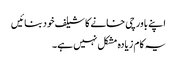
اپنے باورچی خانے کا شیلف خود بنائیں
یہ کام زیادہ مشکل نہیں ہے۔